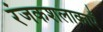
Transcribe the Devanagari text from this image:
रंजकशलाकाएँ